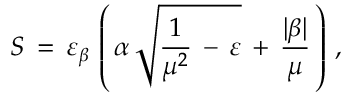
S \, = \, \varepsilon _ { \beta } \, \left( \, \alpha \, \sqrt { \frac { 1 } { \mu ^ { 2 } } \, - \, \varepsilon } \, + \, \frac { | \beta | } { \mu } \, \right) \, { , }